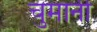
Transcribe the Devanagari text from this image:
चुमानी